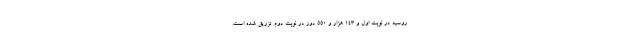
روسیه در نوبت اول و ۱۴۳ هزار و ۵۵۰ دوز در نوبت دوم تزریق شده است.